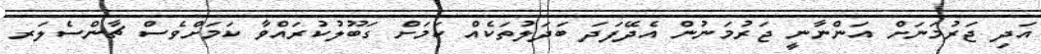
އަދި ޖަރުމަނަށް އަންނާނީ ޖަރުމަނުން އެދޭފަދަ ބަދަލުތަކެއް ކަމަށް ގަބޫލުކުރައްވާ ކަމަށްވެސް ޗާންސެލަރ